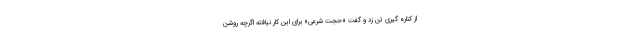
از کناره گیری تن زد و گفت «حجت شرعی» برای این کار نیافته اگرچه روشن